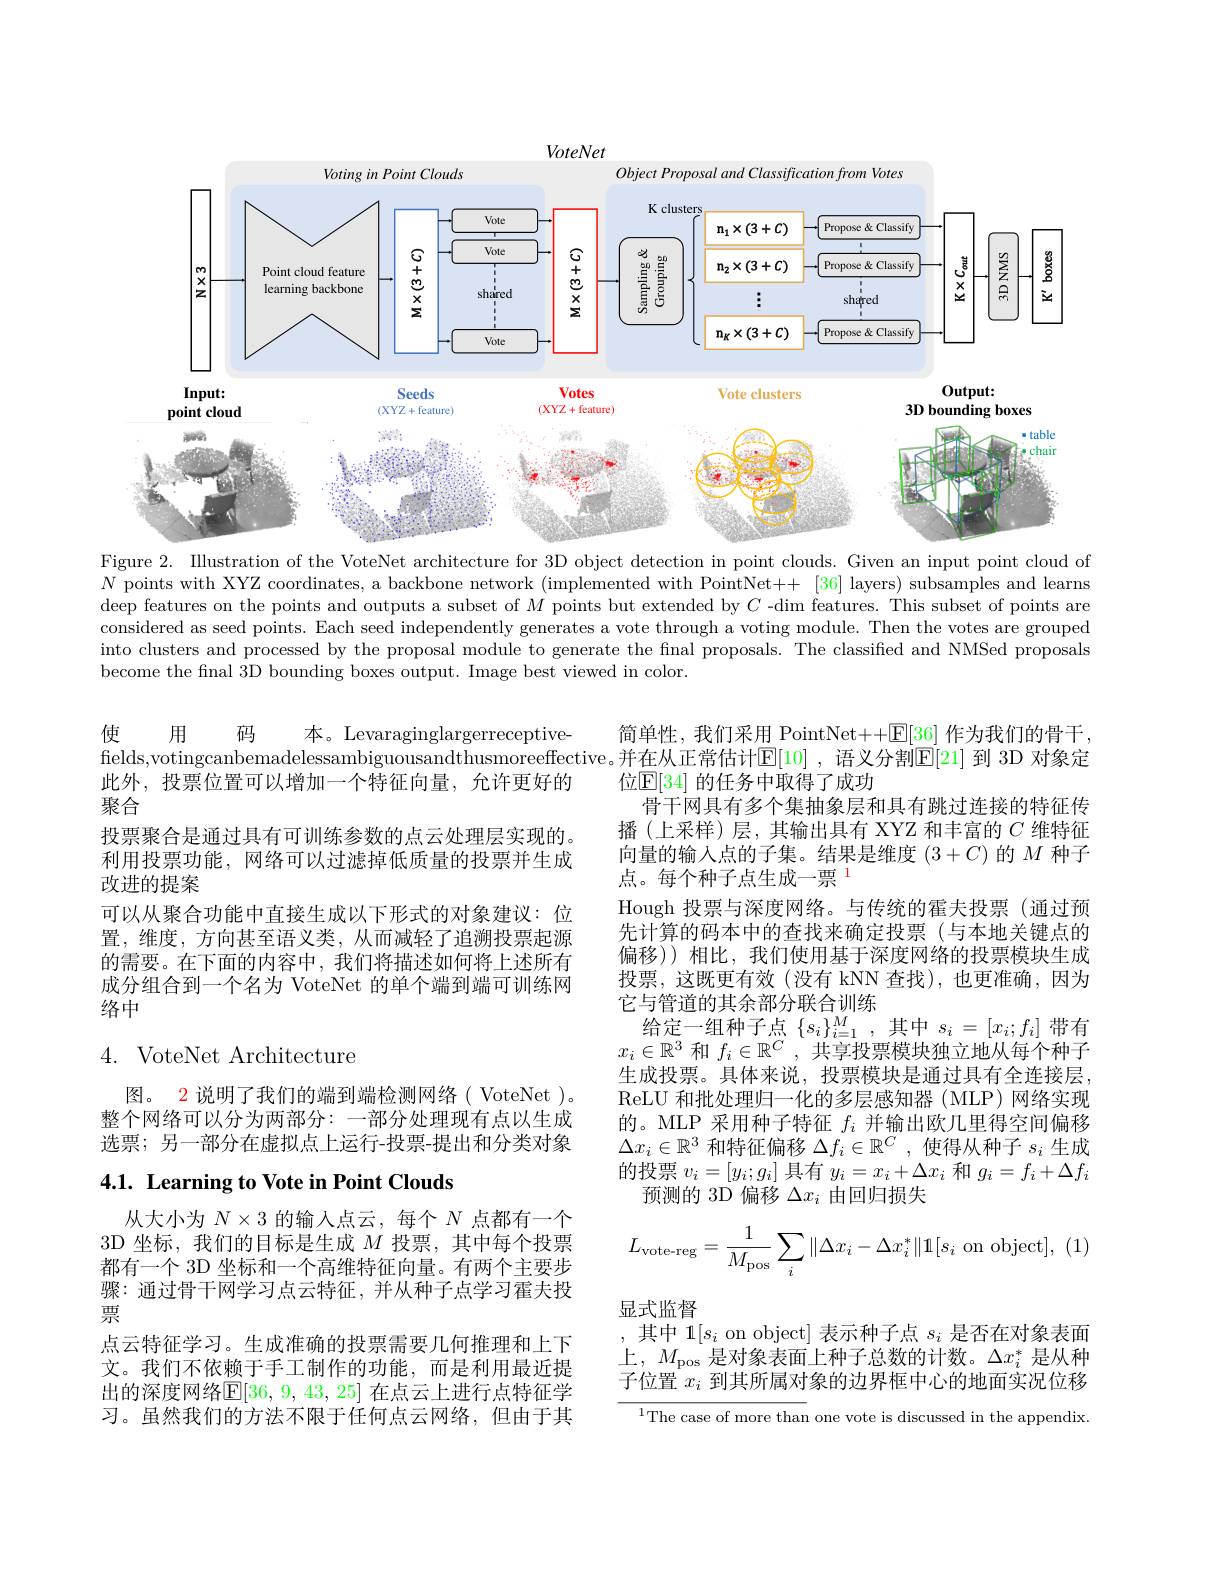
<FigureHere>
Figure 2. Illustration of the VoteNet architecture for 3D object detection in point clouds. Given an input point cloud of

$N$ points with XYZ coordinates, a backbone network (implemented with PointNet++ [36] layers) subsamples and learns deep features on the points and outputs a subset of $M$ points but extended by $C$ -dim features. This subset of points are considered as seed points. Each seed independently generates a vote through a voting module. Then the votes are grouped into clusters and processed by the proposal module to generate the final proposals. The classified and NMSed proposals become the final 3D bounding boxes output. Image best viewed in color.

使用
码
本。Levaraginglargerreceptive-
fields,votingcanbemadelessambiguousandthusmoreeffective。并在从正常估计$\mathbb{E}[10]$ ,语义分割$\mathbb{E}[21]$ 到 3D 对象定
此外，投票位置可以增加一个特征向量，允许更好的
聚合
投票聚合是通过具有可训练参数的点云处理层实现的。利用投票功能，网络可以过滤掉低质量的投票并生成改进的提案
可以从聚合功能中直接生成以下形式的对象建议：位置，维度，方向甚至语义类，从而减轻了追溯投票起源的需要。在下面的内容中，我们将描述如何将上述所有成分组合到一个名为 VoteNet 的单个端到端可训练网络中

## 4. VoteNet Architecture

图。2 说明了我们的端到端检测网络( VoteNet )。整个网络可以分为两部分：一部分处理现有点以生成选票；另一部分在虚拟点上运行-投票-提出和分类对象

## 4.1. Learning to Vote in Point Clouds

从大小为$N\times3$的输入点云，每个$N$点都有一个3D 坐标，我们的目标是生成$M$投票，其中每个投票都有一个 3D 坐标和一个高维特征向量。有两个主要步骤：通过骨干网学习点云特征，并从种子点学习霍夫投票
点云特征学习。生成准确的投票需要几何推理和上下文。我们不依赖于手工制作的功能，而是利用最近提出的深度网络$\mathbb{E}[36,9,43,25]$ 在点云上进行点特征学习。虽然我们的方法不限于任何点云网络，但由于其

简单性，我们采用 PointNet++$\mathbb{E}[36]$作为我们的骨干
位$\mathbb{E}[34]$ 的任务中取得了成功
骨干网具有多个集抽象层和具有跳过连接的特征传播(上采样)层，其输出具有 XYZ 和丰富的$C$维特征向量的输入点的子集。结果是维度(3+C)的$M$种子点。每个种子点生成一票$^{1}$
Hough 投票与深度网络。与传统的霍夫投票(通过预先计算的码本中的查找来确定投票(与本地关键点的偏移))相比，我们使用基于深度网络的投票模块生成投票，这既更有效(没有 kNN 查找),也更准确，因为它与管道的其余部分联合训练
给定一组种子点$\{s_i\}_i=1^M$,其中$s_i=[x_i;f_i]$带有$x_i\in\mathbb{R}^3$和$f_i\in\mathbb{R}^C$,共享投票模块独立地从每个种子生成投票。具体来说，投票模块是通过具有全连接层， ReLU 和批处理归一化的多层感知器(MLP)网络实现的。MLP 采用种子特征$f_i$并输出欧几里得空间偏移$\Delta x_i\in\mathbb{R}^3$和特征偏移$\Delta f_i\in\mathbb{R}^C$ ,使得从种子$s_i$生成的投票$v_i=[y_i;g_i]$具有$y_i=x_i+\Delta x_i$和$g_i=f_i+\Delta f_i$
预测的 3D 偏移$\Delta x_i$由回归损失
$$L_{\text{vote-reg}}=\frac{1}{M_{\text{pos}}}\sum_{i}\|\Delta x_{i}-\Delta x_{i}^{*}\|1[s_{i}\text{on object}],\:(1)$$
显式监督
其中 1$[s_i$ on object] 表示种子点$s_i$是否在对象表面

上，$M_{\mathrm{pos}}$是对象表面上种子总数的计数。$\Delta x_i^*$是从种子位置$x_i$到其所属对象的边界框中心的地面实况位移

$^{1}$The case of more than one vote is discussed in the appendix